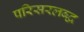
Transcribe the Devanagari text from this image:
परिसरलब्द्ध